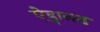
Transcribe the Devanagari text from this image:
ऐड्वान्स्ड